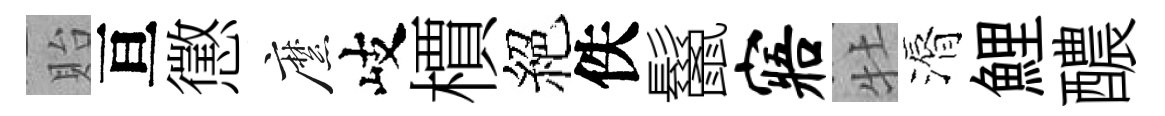
貽亘懲縻岐檟絕佚鬣寤牡漘鯉醲